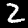
Label: 2